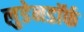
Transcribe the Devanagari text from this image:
लुडेनडॉर्फ